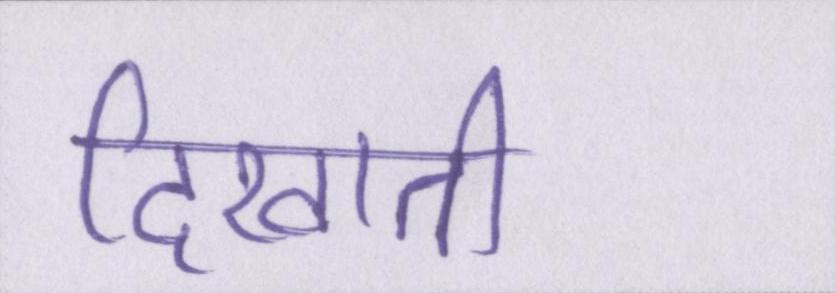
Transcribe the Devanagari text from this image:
दिखाती